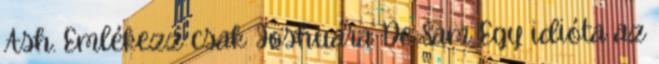
Ash. Emlékezz csak Joshuára De Sam Egy idióta az